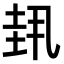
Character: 𫭳